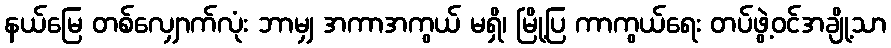
နယ်မြေ တစ်လျှောက်လုံး ဘာမျှ အကာအကွယ် မရှိ၊ မြို့ပြ ကာကွယ်ရေး တပ်ဖွဲ့ဝင်အချို့သာ